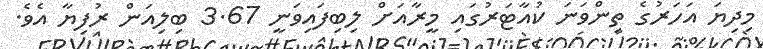
މިދިޔަ އަހަރުގެ ތިންވަނަ ކުއާޓަރުގައި މީރާއަށް ލިބިފައިވަނީ 3.67 ބިލިއަން ރުފިޔާ އެވެ.